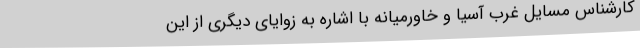
کارشناس مسایل غرب آسیا و خاورمیانه با اشاره به زوایای دیگری از این